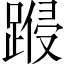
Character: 𨃏